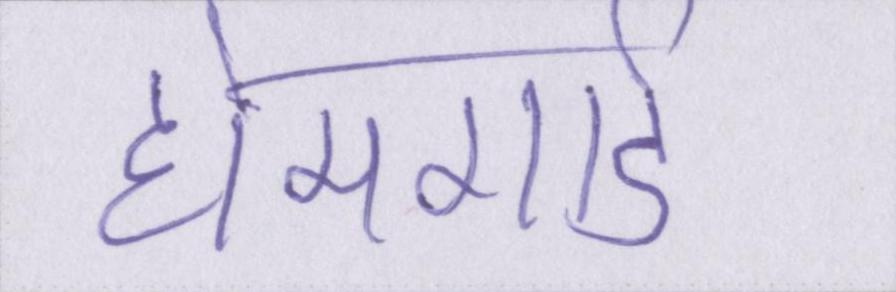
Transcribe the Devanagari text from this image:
होमगार्ड